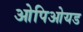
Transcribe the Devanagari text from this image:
ओपिओयड